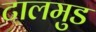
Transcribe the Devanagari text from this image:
टालमुड